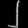
Digit: ၂